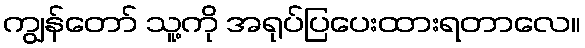
ကျွန်တော် သူ့ကို အရုပ်ပြပေးထားရတာလေ။